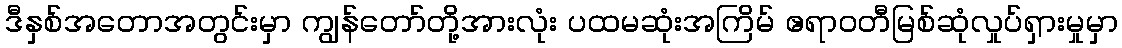
ဒီနှစ်အတောအတွင်းမှာ ကျွန်တော်တို့အားလုံး ပထမဆုံးအကြိမ် ဧရာဝတီမြစ်ဆုံလှုပ်ရှားမှုမှာ